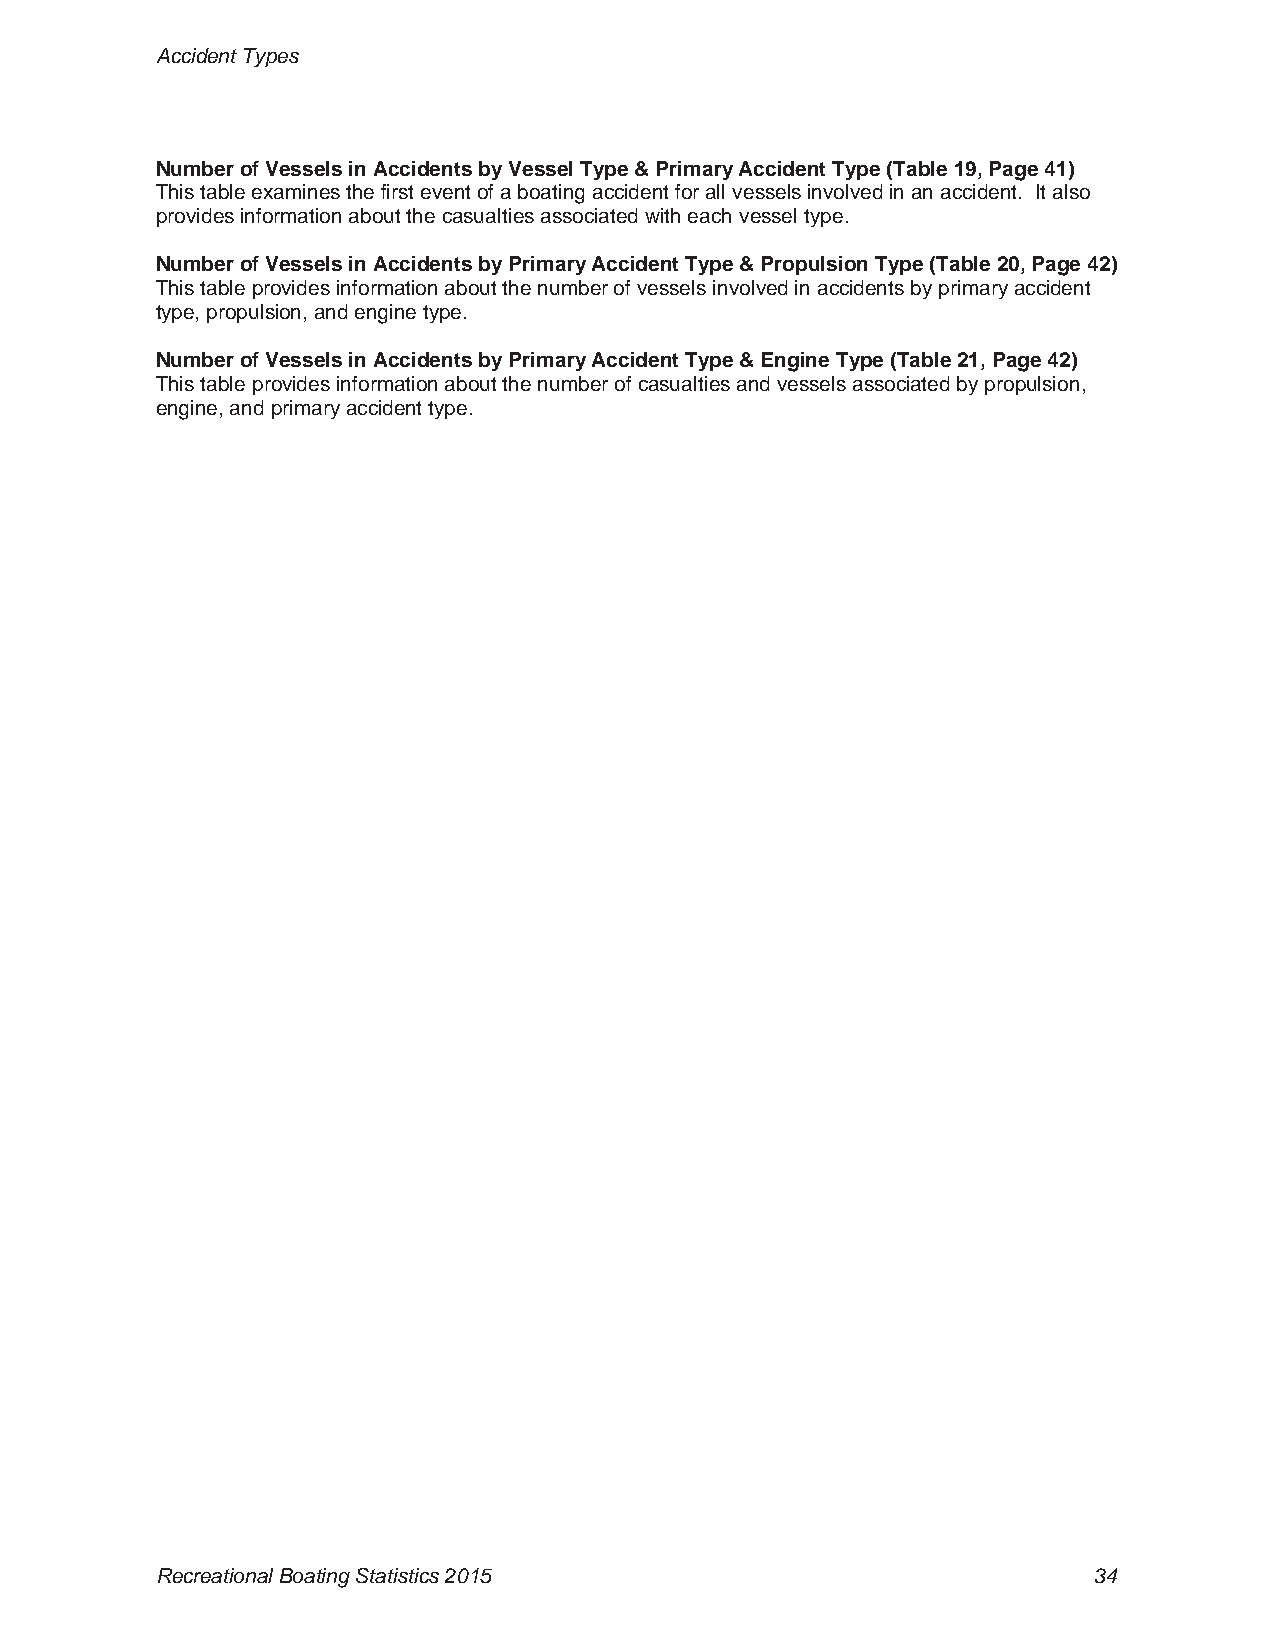
Accident Types
 Number of Vessels in Accidents by Vessel Type & Primary Accident Type (Table 19, Page 41)
 This table examines the first event of a boating accident for all vessels involved in an accident. It also
 provides information about the casualties associated with each vessel type.
 Number of Vessels in Accidents by Primary Accident Type & Propulsion Type (Table 20, Page 42)
 This table provides information about the number of vessels involved in accidents by primary accident
 type, propulsion, and engine type.
 Number of Vessels in Accidents by Primary Accident Type & Engine Type (Table 21, Page 42)
 This table provides information about the number of casualties and vessels associated by propulsion,
 engine, and primary accident type.
 Recreational Boating Statistics 2015                          34